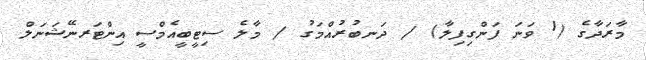
މާރަދާގެ (1 ވަނަ ފަންގިފިލާ) / ދަނބުރުއްމަގު / މާލެ ސިޓީބީއެމްސީ އިންޓަރނޭޝަނަލް